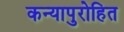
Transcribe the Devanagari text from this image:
कन्यापुरोहित